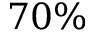
7 0 \%